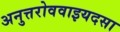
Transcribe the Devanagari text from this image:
अनुत्तरोववाइयदसा